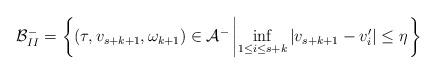
LaTeX: \begin{align*}\mathcal{B}^-_{II} = \left\{ \left(\tau,v_{s+k+1},\omega_{k+1}\right)\in\mathcal{A}^- \left| \inf_{1\leq i \leq s+k} \left|v_{s+k+1} - v_i^\prime \right| \leq \eta\right. \right\}\end{align*}